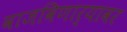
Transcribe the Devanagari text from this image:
वाजविणार्‍यावर